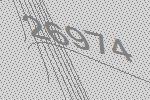
26974